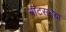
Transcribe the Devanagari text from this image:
वॉटसनचा